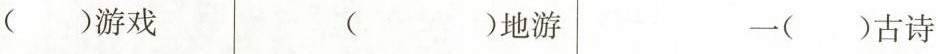
( )游戏 ( )地游 一( )古诗